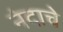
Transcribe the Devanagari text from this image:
नंदाचे